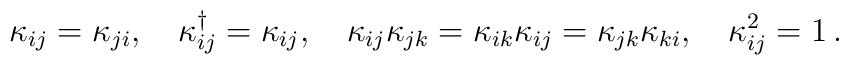
\kappa_{ij}= \kappa_{ji},\quad       \kappa_{ij}^\dagger= \kappa_{ij},\quad       \kappa_{ij} \kappa_{jk}= \kappa_{ik} \kappa_{ij}= \kappa_{jk}\kappa_{ki},\quad       \kappa_{ij}^2=1\, .